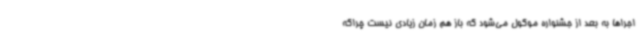
اجراها به بعد از جشنواره موکول می‌شود که باز هم زمان زیادی نیست چراکه